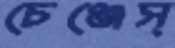
চেঞ্জেস্